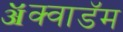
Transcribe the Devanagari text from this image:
ॲक्वाडॅम